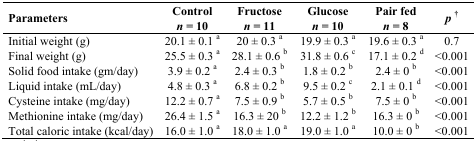
| <ROWSPAN=2> Parameters | Control | Fructose | Glucose | Pair fed | <ROWSPAN=2> p† |
 | n = 10 | n = 11 | n = 10 | n = 8 |
 | --- | --- | --- | --- | --- | --- |
 | Initial weight (g) | 20.1 ± 0.1 a | 20 ± 0.3 a | 19.9 ± 0.3 a | 19.6 ± 0.3 a | 0.7 |
 | Final weight (g) | 25.5 ± 0.3 a | 28.1 ± 0.6 b | 31.8 ± 0.6 c | 17.1 ± 0.2 d | <0.001 |
 | Solid food intake (gm/day) | 3.9 ± 0.2 a | 2.4 ± 0.3 b | 1.8 ± 0.2 b | 2.4 ± 0 b | <0.001 |
 | Liquid intake (mL/day) | 4.8 ± 0.3 a | 6.8 ± 0.2 b | 9.5 ± 0.2 c | 2.1 ± 0.1 d | <0.001 |
 | Cysteine intake (mg/day) | 12.2 ± 0.7 a | 7.5 ± 0.9 b | 5.7 ± 0.5 b | 7.5 ± 0 b | <0.001 |
 | Methionine intake (mg/day) | 26.4 ± 1.5 a | 16.3 ± 20 b | 12.2 ± 1.2 b | 16.3 ± 0 b | <0.001 |
 | Total caloric intake (kcal/day) | 16.0 ± 1.0 a | 18.0 ± 1.0 a | 19.0 ± 1.0 a | 10.0 ± 0 b | <0.001 |